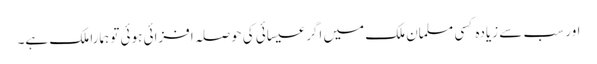
اور سب سے زیادہ کسی مسلمان ملک میں اگر عیسائی کی حوصلہ افزائی ہوئی تو ہمارا ملک ہے۔